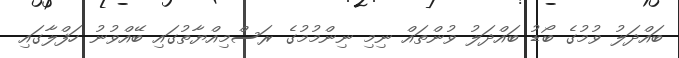
ބައްދަލު ވުމުގެ ބޯޑު ބައްދަލު ވުންތައް ނިމި ނިންމުމުގެ ރަސްމިއްޔާތުގައި ބޭއްވުނު ހަފްލާގައި